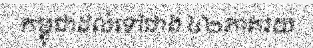
កម្ពុជាដល់ទៅជាង ៤២ភាគរយ